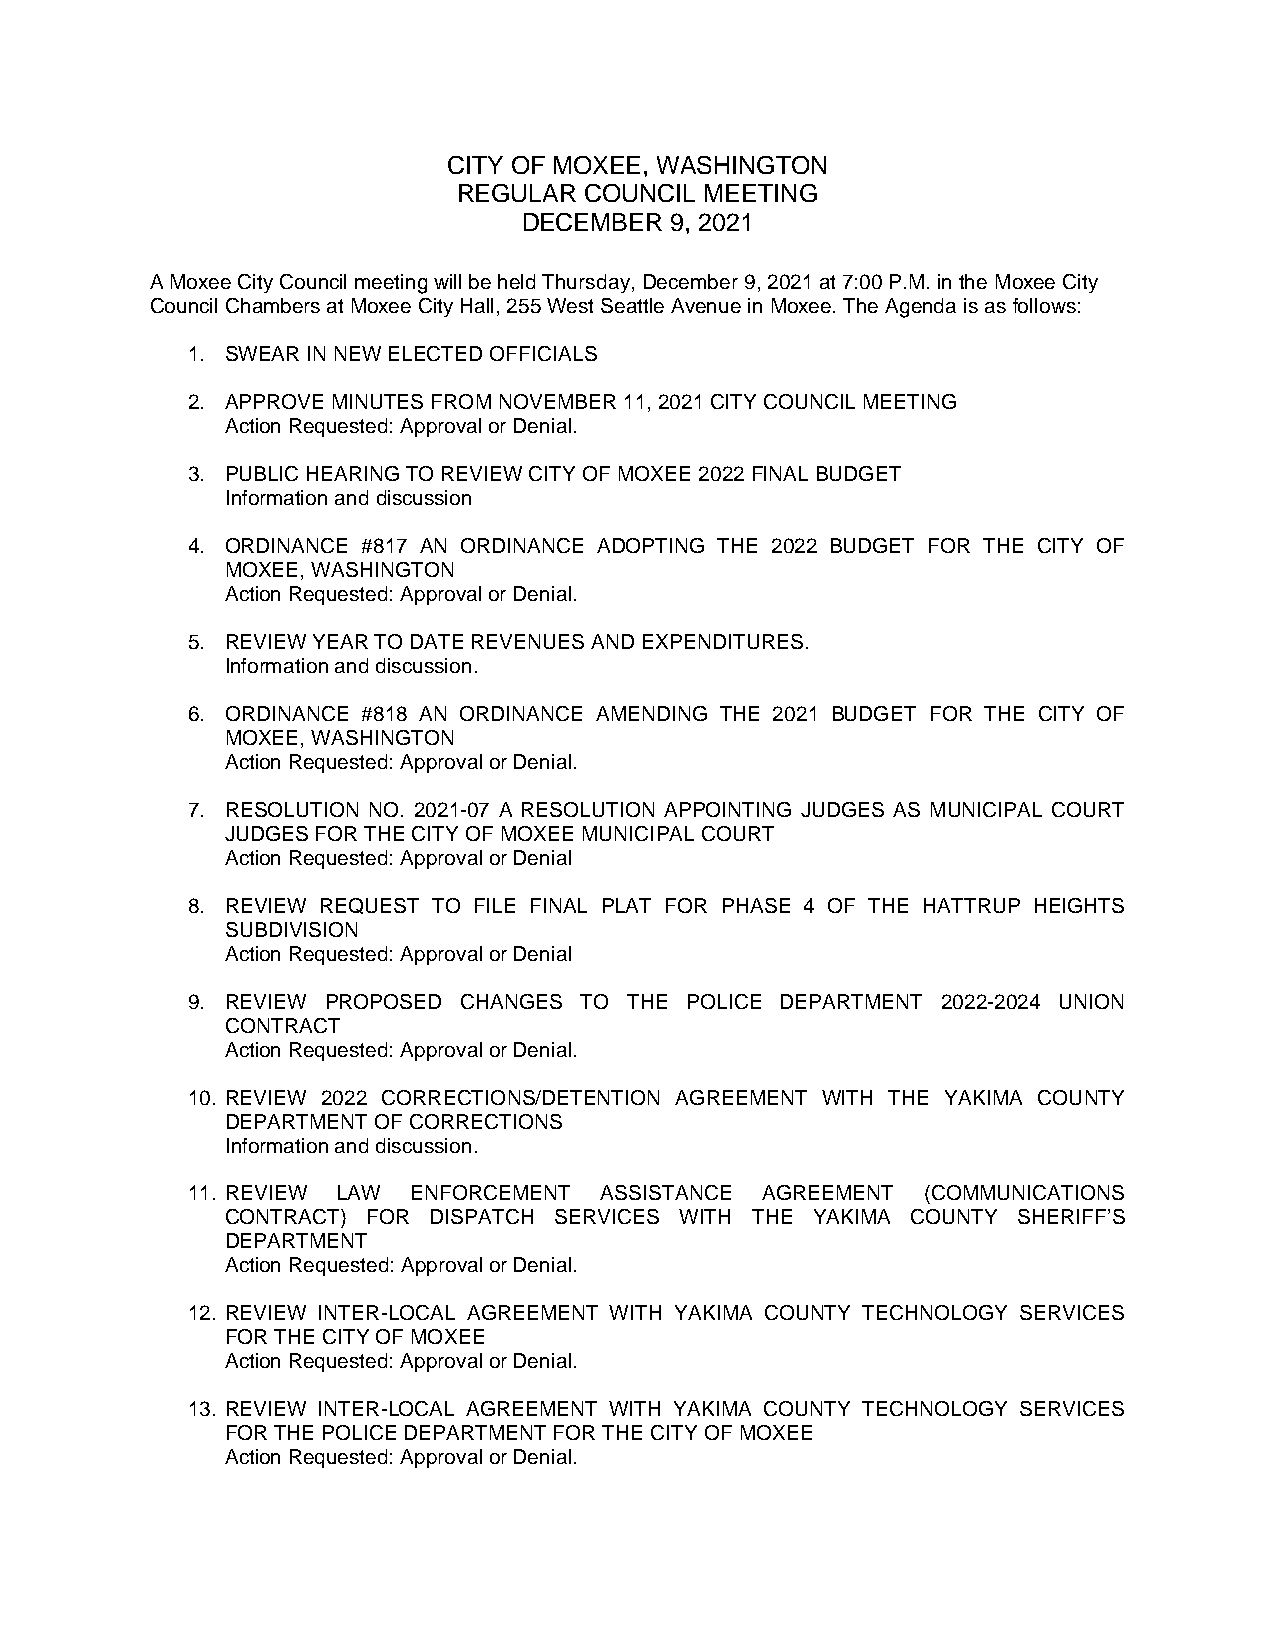
CITY OF MOXEE, WASHINGTON
 REGULAR  COUNCIL MEETING
 DECEMBER 9, 2021
 A Moxee City Council meeting will be held Thursday, December 9, 2021 at 7:00 P.M. in the Moxee City
 Council Chambers at Moxee City Hall, 255 West Seattle Avenue in Moxee. The Agenda is as follows:
 1. SWEAR IN NEW ELECTED OFFICIALS
 2. APPROVE MINUTES FROM NOVEMBER 11, 2021 CITY COUNCIL MEETING
 Action Requested: Approval or Denial.
 3. PUBLIC HEARING TO REVIEW CITY OF MOXEE 2022 FINAL BUDGET
 Information and discussion
 4. ORDINANCE #817 AN ORDINANCE ADOPTING THE 2022 BUDGET FOR THE CITY OF
 MOXEE, WASHINGTON
 Action Requested: Approval or Denial.
 5. REVIEW YEAR TO DATE REVENUES AND EXPENDITURES.
 Information and discussion.
 6. ORDINANCE #818 AN ORDINANCE AMENDING THE 2021 BUDGET FOR THE CITY OF
 MOXEE, WASHINGTON
 Action Requested: Approval or Denial.
 7. RESOLUTION NO. 2021-07 A RESOLUTION APPOINTING JUDGES AS MUNICIPAL COURT
 JUDGES FOR THE CITY OF MOXEE MUNICIPAL COURT
 Action Requested: Approval or Denial
 8. REVIEW REQUEST TO FILE FINAL PLAT FOR PHASE 4 OF THE HATTRUP HEIGHTS
 SUBDIVISION
 Action Requested: Approval or Denial
 9. REVIEW PROPOSED CHANGES TO THE POLICE DEPARTMENT 2022-2024 UNION
 CONTRACT
 Action Requested: Approval or Denial.
 10. REVIEW 2022 CORRECTIONS/DETENTION AGREEMENT WITH THE YAKIMA COUNTY
 DEPARTMENT OF CORRECTIONS
 Information and discussion.
 11. REVIEW LAW ENFORCEMENT  ASSISTANCE AGREEMENT (COMMUNICATIONS
 CONTRACT) FOR DISPATCH SERVICES WITH THE YAKIMA COUNTY SHERIFF’S
 DEPARTMENT
 Action Requested: Approval or Denial.
 12. REVIEW INTER-LOCAL AGREEMENT WITH YAKIMA COUNTY TECHNOLOGY SERVICES
 FOR THE CITY OF MOXEE
 Action Requested: Approval or Denial.
 13. REVIEW INTER-LOCAL AGREEMENT WITH YAKIMA COUNTY TECHNOLOGY SERVICES
 FOR THE POLICE DEPARTMENT FOR THE CITY OF MOXEE
 Action Requested: Approval or Denial.